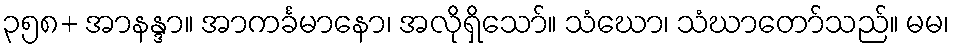
၃၅၈+ အာနန္ဒာ။ အာကင်္ခမာနော၊ အလိုရှိသော်။ သံဃော၊ သံဃာတော်သည်။ မမ၊